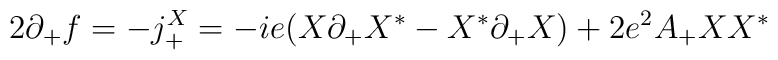
2 \partial_+ f = - j^X_+ = -ie (X \partial_+ X^* - X^*                  \partial_+ X ) + 2 e^2 A_+ X X^*